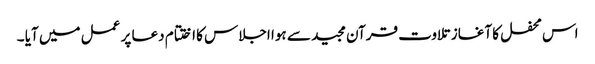
اس محفل کا آغاز تلاوت قرآن مجید سے ہوا اجلاس کا اختتام دعا پر عمل میں آیا ۔